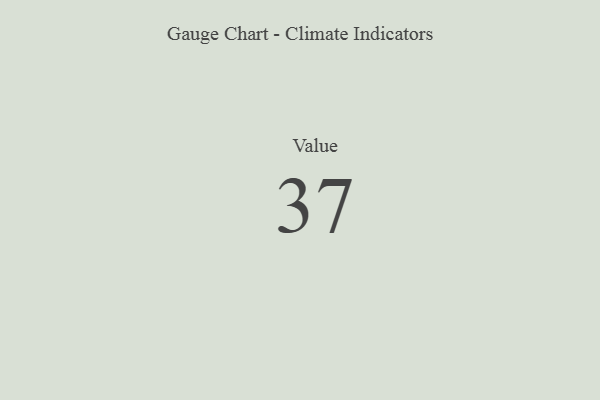
{"axis": {"x": "Metric", "y": "Value"}, "legend": [""], "data": [{"x": "Value", "y": 37, "type": ""}]}